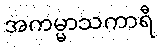
အကမ္မာသကာရီ